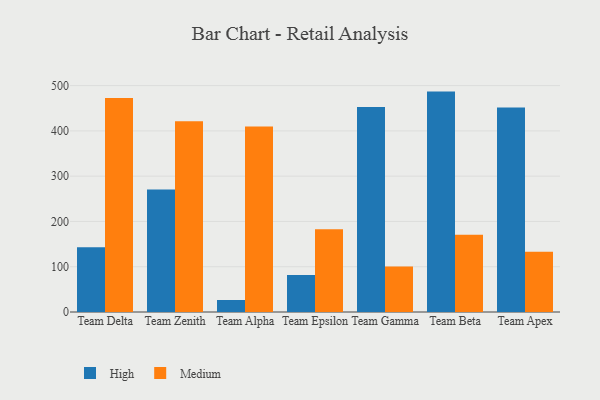
{"axis": {"x": "Team", "y": "Temperature (°C)"}, "legend": ["High", "Medium"], "data": [{"x": "Team Delta", "y": 142.9, "type": "High"}, {"x": "Team Delta", "y": 472.8, "type": "Medium"}, {"x": "Team Zenith", "y": 270.3, "type": "High"}, {"x": "Team Zenith", "y": 421.1, "type": "Medium"}, {"x": "Team Alpha", "y": 26.5, "type": "High"}, {"x": "Team Alpha", "y": 409.7, "type": "Medium"}, {"x": "Team Epsilon", "y": 81.6, "type": "High"}, {"x": "Team Epsilon", "y": 182.7, "type": "Medium"}, {"x": "Team Gamma", "y": 452.9, "type": "High"}, {"x": "Team Gamma", "y": 100.6, "type": "Medium"}, {"x": "Team Beta", "y": 486.8, "type": "High"}, {"x": "Team Beta", "y": 170.7, "type": "Medium"}, {"x": "Team Apex", "y": 451.6, "type": "High"}, {"x": "Team Apex", "y": 132.8, "type": "Medium"}]}